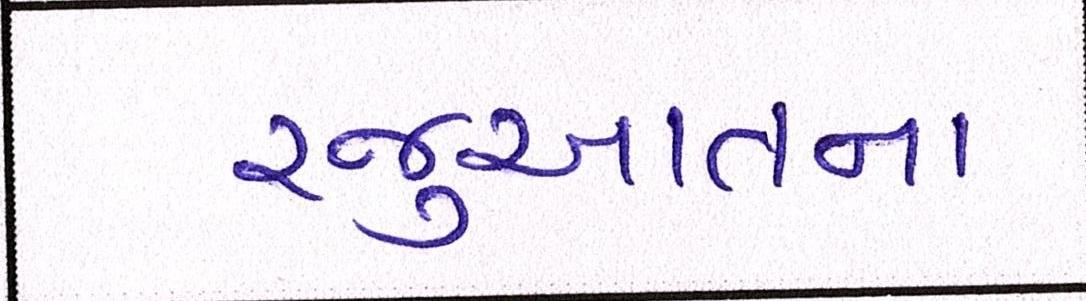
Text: રજુઆતના